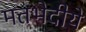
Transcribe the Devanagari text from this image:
मतभेदीये